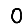
Digit: 0